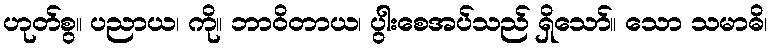
ဟုတ်စွ။ ပညာယ၊ ကို။ ဘာဝိတာယ၊ ပွါးစေအပ်သည် ရှိသော်။ သော သမာဓိ၊